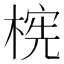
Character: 𬃫